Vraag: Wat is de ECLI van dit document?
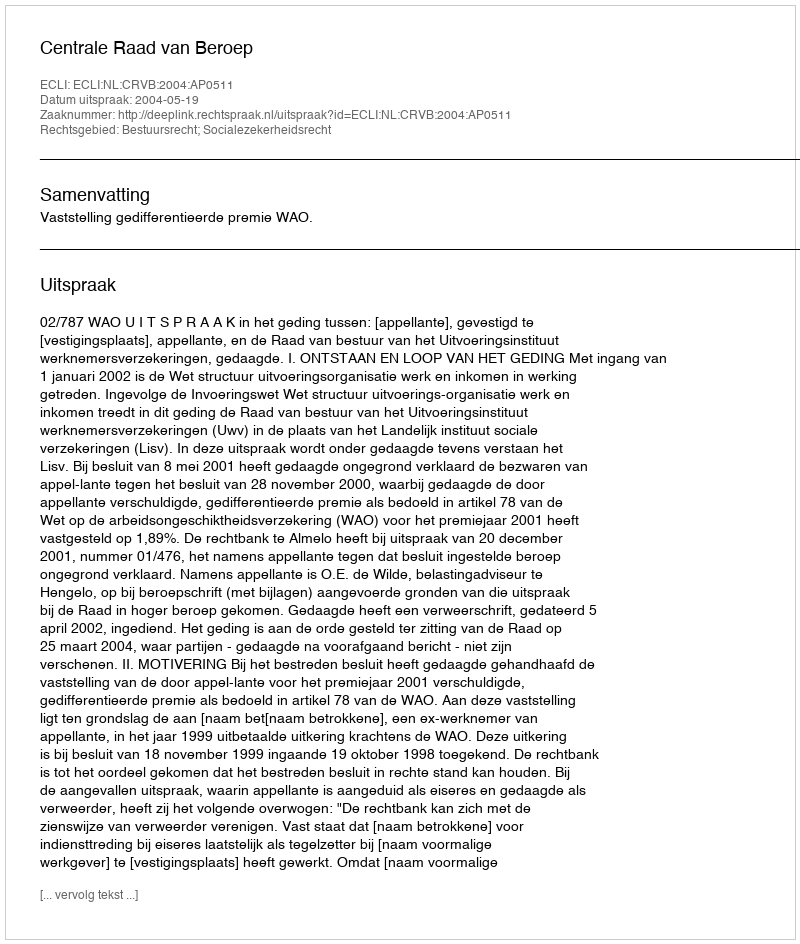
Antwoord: ECLI:NL:CRVB:2004:AP0511